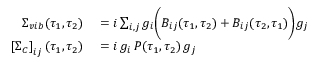
\begin{array} { r l } { \Sigma _ { v i b } ( \tau _ { 1 } , \tau _ { 2 } ) } & { { } = i \sum _ { i , j } g _ { i } \bigg ( B _ { i j } ( \tau _ { 1 } , \tau _ { 2 } ) + B _ { i j } ( \tau _ { 2 } , \tau _ { 1 } ) \bigg ) g _ { j } } \\ { \left[ \Sigma _ { C } \right] _ { i j } ( \tau _ { 1 } , \tau _ { 2 } ) } & { { } = i \, g _ { i } \, P ( \tau _ { 1 } , \tau _ { 2 } ) \, g _ { j } } \end{array}